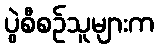
ပွဲစီစဉ်သူများက